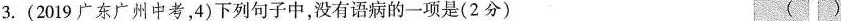
3.(2019广东广州中考，4)下列句子中，没有语病的一项是(2分) ()